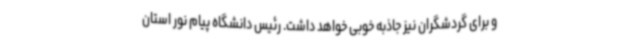
و برای گردشگران نیز جاذبه خوبی خواهد داشت. رئیس دانشگاه پیام نور استان